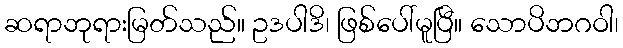
ဆရာဘုရားမြတ်သည်။ ဥဒပါဒိ၊ ဖြစ်ပေါ်မူပြီ။ သောပိဘဂဝါ၊